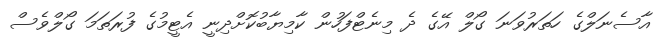
އާސެނަލްގެ ހަތަރުވަނަ ގޯލް އޭގެ ދެ މިނެޓްފަހުން ކާމިޔާބުކޮށްދިނީ އެޓީމުގެ ފުރަތަމަ ގޯލްވެސް